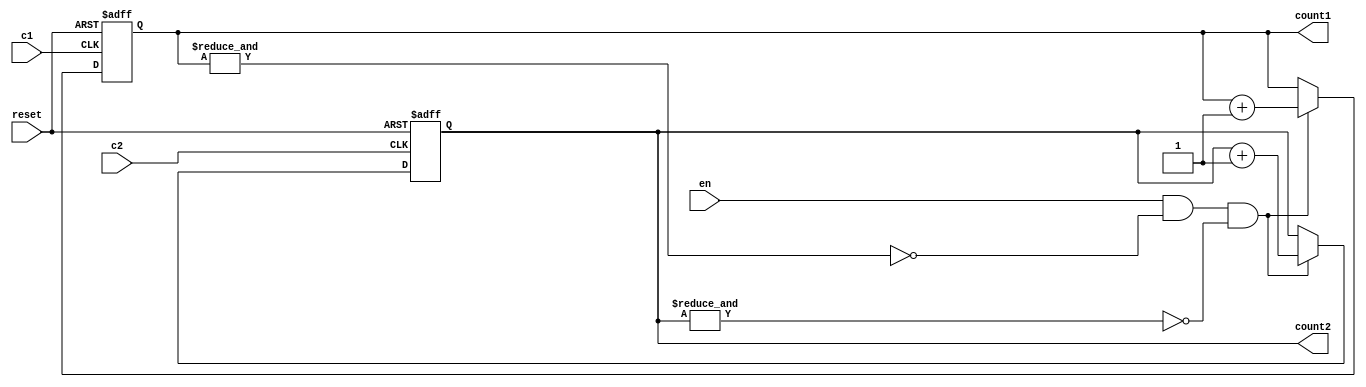
`timescale 1ns / 1ps

module cac2(
    input c2, c1,
    input en , reset,
  output reg [3:0]count2 ,
  output reg [3:0]count1)  ;
    // initial begin count1=0;count2=0;end
	  
always@(posedge c2 or posedge reset)
begin
		if(reset)
		begin
			count2 <= 0;
		end	
					 
		else if(en & !(&count1) & !(&count2))
		begin
			count2 <= count2 + 1;
		end	

end				

always@(posedge c1 or posedge reset)
begin
		if(reset)
		begin
			count1 <= 0;
		end	
					 
		else if(en & !(&count1) & !(&count2))
		begin
			count1 <= count1 + 1;
		end	

end				

endmodule